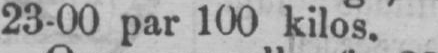
23-00 par 100 kilos.